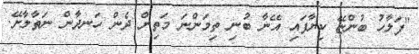
"ފަލާހު ބުންޏޭ ކިޔާފައި އޭނާ ބުނި ތިމަންނަ މަތިން ދެން ހަނދާން ނަތާލާށޭ.